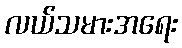
လယ်သမားအရေး